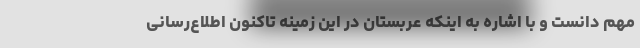
مهم دانست و با اشاره به اینکه عربستان در این زمینه تاکنون اطلاع‌رسانی